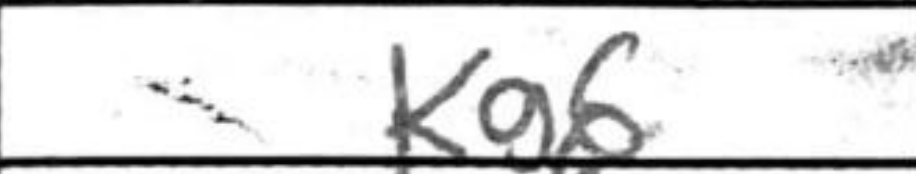
Transcription: Kg6